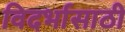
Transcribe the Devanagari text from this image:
विदर्भासाठी